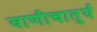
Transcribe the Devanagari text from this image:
वाणीचातुर्य